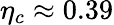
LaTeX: \eta_{c}\approx 0.39